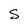
Character: S